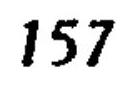
\(157\)